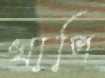
খাপি